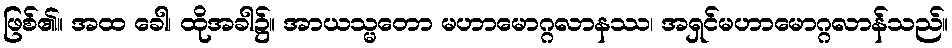
ဖြစ်၏။ အထ ခေါ၊ ထိုအခါ၌။ အာယသ္မတော မဟာမောဂ္ဂလာနဿ၊ အရှင်မဟာမောဂ္ဂလာန်သည်။